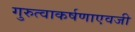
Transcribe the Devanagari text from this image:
गुरुत्वाकर्षणाएवजी